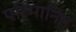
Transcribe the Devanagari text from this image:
परिमानित